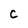
Character: c